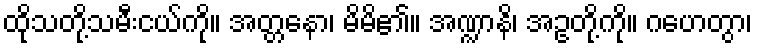
ထိုသတို့သမီးငယ်ကို။ အတ္တနော၊ မိမိ၏။ အဏ္ဍာနိ၊ အဥတို့ကို။ ဂဟေတွာ၊